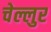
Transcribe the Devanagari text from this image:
चेल्लुर